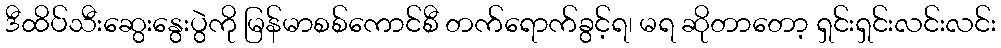
ဒီထိပ်သီးဆွေးနွေးပွဲကို မြန်မာစစ်ကောင်စီ တက်ရောက်ခွင့်ရ၊ မရ ဆိုတာတော့ ရှင်းရှင်းလင်းလင်း